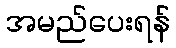
အမည်ပေးရန်